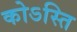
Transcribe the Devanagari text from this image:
कोऽस्ति